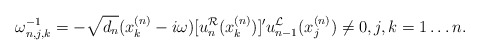
\begin{align*}\omega_{n,j,k}^{-1}=-\sqrt{d_{n}}(x_k^{(n)}-i\omega)[u_{n}^{\mathcal{R}}(x_k^{(n)})]'u_{n-1}^{\mathcal{L}}(x_j^{(n)}) \neq 0, j,k = 1 \ldots n.\end{align*}